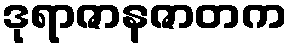
ဒုရာဇာနဇာတက